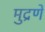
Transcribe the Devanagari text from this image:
मुद्रणे